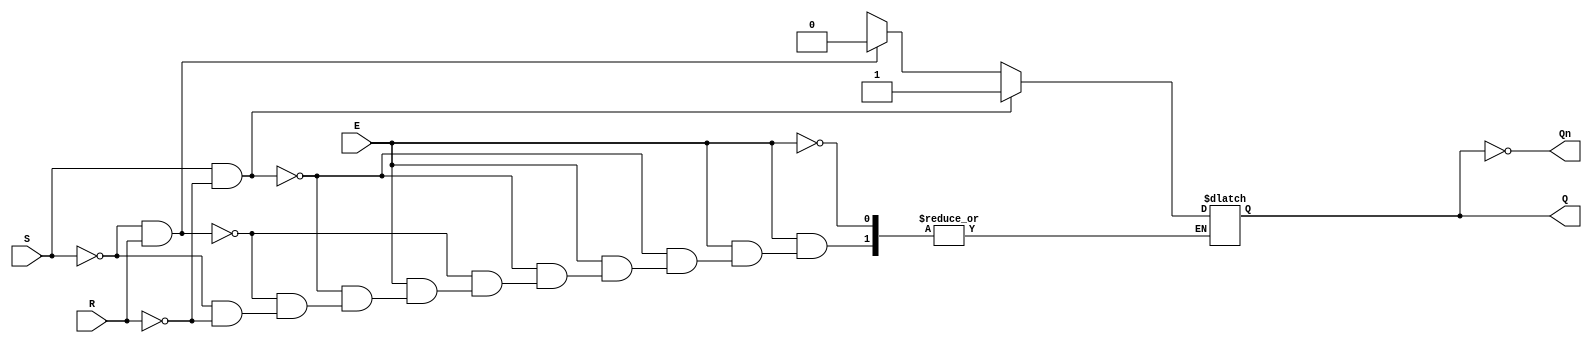
module gated_sr_latch (
    input wire S,      // Set input
    input wire R,      // Reset input
    input wire E,      // Enable input
    output reg Q,      // Output Q
    output wire Qn     // Complementary output Q'
);

    // Complementary output
    assign Qn = ~Q;

    // Always block to implement the latch behavior
    always @(*) begin
        if (E) begin
            if (S && ~R) begin
                Q = 1;   // Set state
            end else if (~S && R) begin
                Q = 0;   // Reset state
            end else if (~S && ~R) begin
                // Hold state, retain previous value of Q
                Q = Q;   // No change
            end else begin
                // Invalid state (S = 1, R = 1), typically ignored
                Q = 1'bx; // Indeterminate state
            end
        end
        // If E is low, retain the previous state of Q
    end

endmodule